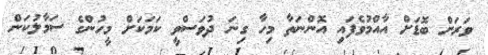
ވަރަށް ބޮޑަށް އާއްމުވެފައި އޮންނަތާ މިހާ ގިނަ ދުވަސްވީ ކަމަކަށް މީހުންގެ ސަމާލުކަން